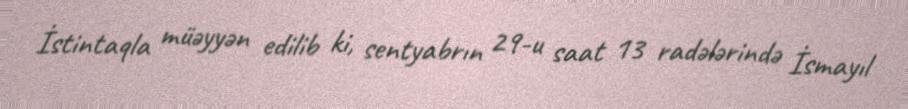
İstintaqla müəyyən edilib ki, sentyabrın 29-u saat 13 radələrində İsmayıl